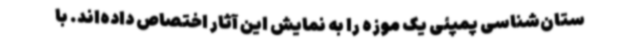
ستان‌شناسی پمپئی یک موزه را به نمایش این آثار اختصاص داده‌اند. با